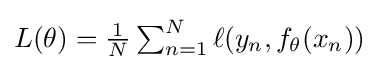
\textstyle L(\theta )={\frac {1}{N}}\sum _{n=1}^{N}\ell (y_{n},f_{\theta }(x_{n}))